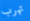
تهرب